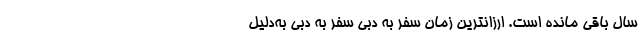
سال باقی مانده است. ارزانترین زمان سفر به دبی سفر به دبی به‌دلیل